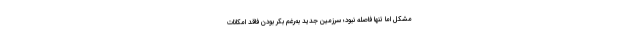
مشکل اما تنها فاصله نبود؛ سرزمین جدید به‌رغم بکر بودن فاقد امکانات